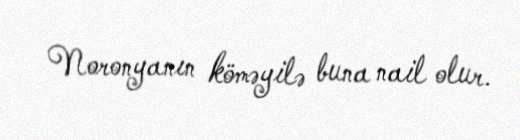
Noronyanın köməyilə buna nail olur.